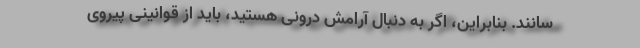
سانند. بنابراین، اگر به دنبال آرامش درونی هستید، باید از قوانینی پیروی